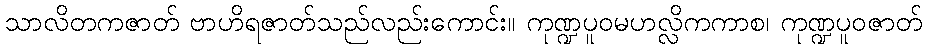
သာလိတကဇာတ် ဗာဟိရဇာတ်သည်လည်းကောင်း။ ကုဏ္ဍပူဝမဟလ္လိကကာစ၊ ကုဏ္ဍပူဝဇာတ်